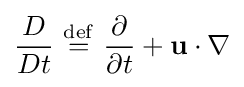
{\frac {D}{Dt}}\ {\stackrel {\mathrm {def} }{=}}\ {\frac {\partial }{\partial t}}+\mathbf {u} \cdot \nabla